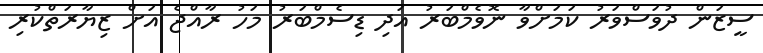
ސީޒަން ދުވަސްވަރު ކަމަށްވާ ނޮވެމްބަރު އަދި ޑިސެމްބަރު މަހު ރާއްޖެ އަށް ޒިޔާރަތްކުރި